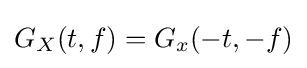
G_{X}(t,f)=G_{x}(-t,-f)